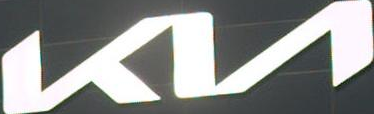
КИ